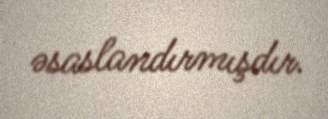
əsaslandırmışdır.